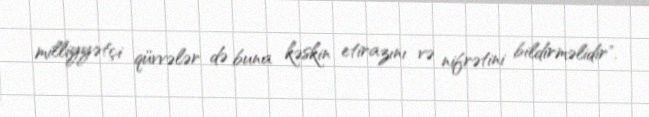
milliyyətçi qüvvələr də buna kəskin etirazını və nifrətini bildirməlidir".